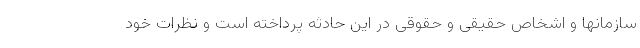
سازمانها و اشخاص حقیقی و حقوقی در این حادثه پرداخته است و نظرات خود